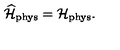
\widehat { \cal H } _ { \mathrm { \scriptsize p h y s } } = { \cal H } _ { \mathrm { \scriptsize p h y s } } .